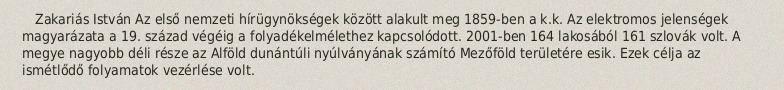
Zakariás István Az első nemzeti hírügynökségek között alakult meg 1859-ben a k.k. Az elektromos jelenségek magyarázata a 19. század végéig a folyadékelmélethez kapcsolódott. 2001-ben 164 lakosából 161 szlovák volt. A megye nagyobb déli része az Alföld dunántúli nyúlványának számító Mezőföld területére esik. Ezek célja az ismétlődő folyamatok vezérlése volt.